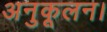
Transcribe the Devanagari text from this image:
अनुकूलन।